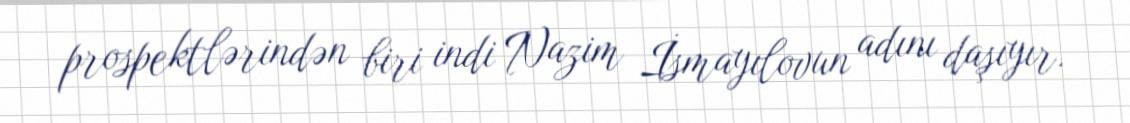
prospektlərindən biri indi Nazim İsmayılovun adını daşıyır.